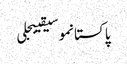
پاکستانموسیقیبجلی